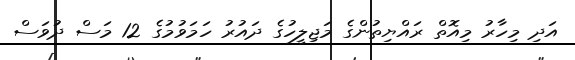
އަދި މިހާރު މިއޮތް ރައްޔިތުންގެ މަޖިލީހުގެ ދައުރު ހަމަވުމުގެ 12 މަސް ދުވަސް